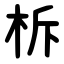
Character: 柝